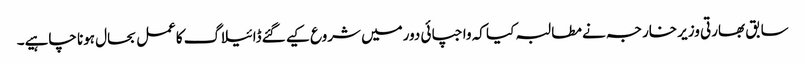
سابق بھارتی وزیر خارجہ نے مطالبہ کیا کہ واجپائی دورمیں شروع کیے گئےڈائیلاگ کاعمل بحال ہونا چاہیے۔